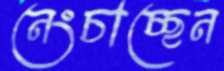
নেংচাচ্ছেন